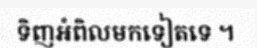
ទិញអំពិលមកទៀតទេ ។